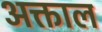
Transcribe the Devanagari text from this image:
अक्ताल